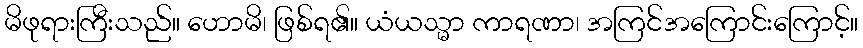
မိဖုရားကြီးသည်။ ဟောမိ၊ ဖြစ်ရ၏။ ယံယသ္မာ ကာရဏာ၊ အကြင်အကြောင်းကြောင့်။